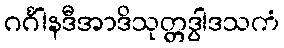
ဂင်္ဂါနဒီအာဒိသုတ္တဒွါဒသကံ